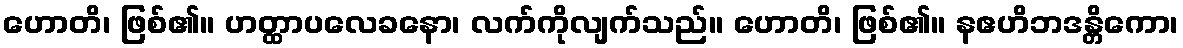
ဟောတိ၊ ဖြစ်၏။ ဟတ္ထာပလေခနော၊ လက်ကိုလျက်သည်။ ဟောတိ၊ ဖြစ်၏။ နဧဟိဘဒန္တိကော၊